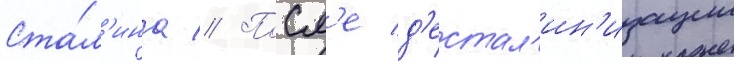
Ста́л'ина // Посл'е д'естал'ин'изации